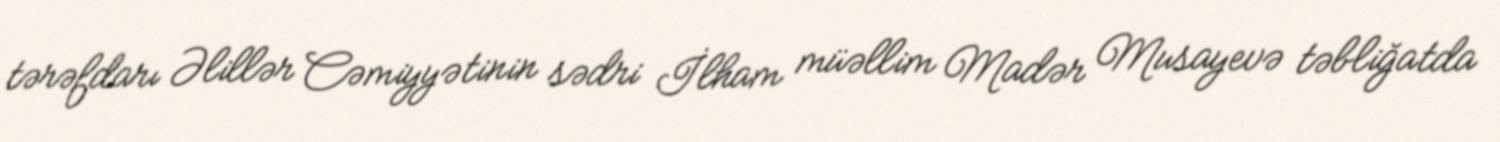
tərəfdarı Əlillər Cəmiyyətinin sədri İlham müəllim Madər Musayevə təbliğatda